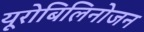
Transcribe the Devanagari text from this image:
यूरोबिलिनोजन